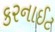
કરનાઈટ